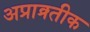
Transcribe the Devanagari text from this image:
अप्राक्र्तीक